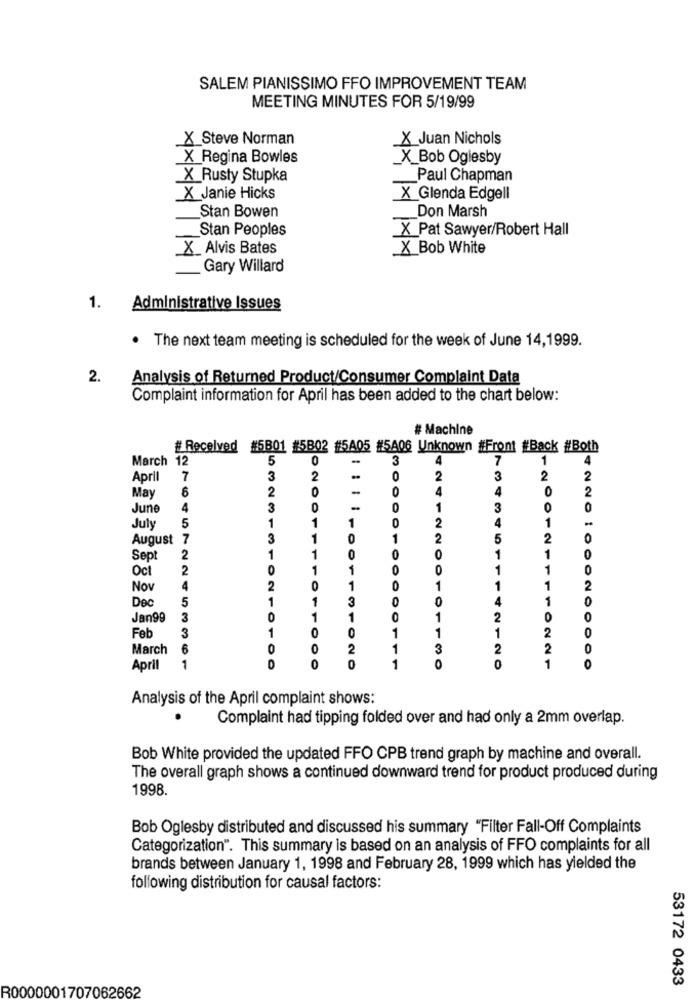
SALEM PIANISSIMO FFO IMPROVEMENT TEAM
MEETING MINUTES FOR 5/19/99
_X_Steve Norman
X Juan Nichols
X Regina Bowles
_X_Bob Oglesby
_X_Rusty Stupka
Paul Chapman
X Janie Hicks
X Glenda Edgell
Stan Bowen
Don Marsh
Stan Peoples
_X_Pat Sawyer/Robert Hall
X Alvis Bates
_X_Bob White
Gary Willard
1.
Administrative Issues
. The next team meeting is scheduled for the week of June 14,1999.
2.
Analysis of Returned Product/Consumer Complaint Data
Complaint information for April has been added to the chart below:
# Machine
# Received #5B01 #5B02 #5A05 #5A06 Unknown #Front #Back #Both
March 12
5
0
3
4
7
1
4
April
7
3
2
0
2
3
2
2
6
2
0
-
0
4
4
0
2
May
June
4
3
-
1
3
5
1
1
1
2
4
1
July
August
7
3
1
1
2
5
2
0
Sept
2
1
1
0
0
O
1
Oct
2
1
1
0
1
0
Nov
4
2
0
1
0
1
1
1
2
Dec
5
1
1
3
0
1
Jan99
3
O
1
1
O
1
2
0
3
1
1
1
1
2
0
Feb
March
6
0
O
2
1
3
2
2
O
April
1
D
O
0
1
0
0
1
O
Analysis of the April complaint shows:
Complaint had tipping folded over and had only a 2mm overlap.
Bob White provided the updated FFO CPB trend graph by machine and overall.
The overall graph shows a continued downward trend for product produced during
1998.
Bob Oglesby distributed and discussed his summary "Filter Fall-Off Complaints
Categorization". This summary is based on an analysis of FFO complaints for all
brands between January 1, 1998 and February 28, 1999 which has yielded the
following distribution for causal factors:
53172 0433
R0000001707062662